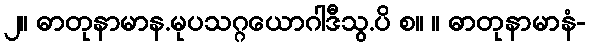
၂။ ဓာတုနာမာန.မုပသဂ္ဂယောဂါဒီသွ.ပိ စ။ ။ ဓာတုနာမာနံ-